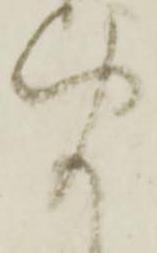
聞